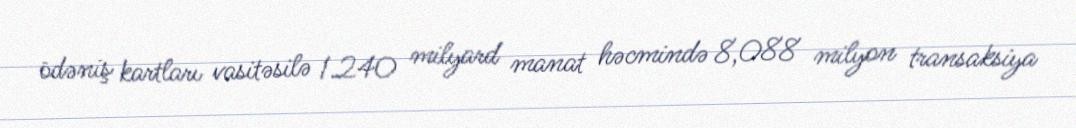
ödəniş kartları vasitəsilə 1.240 milyard manat həcmində 8,088 milyon transaksiya